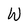
Character: W